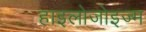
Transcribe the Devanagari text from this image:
हाइलोजोइज्म